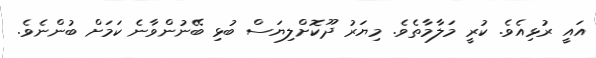
އައީ ރުޅިއެވެ. ކުރީ މަލާމާތެވެ. މިޔަރު ދޫކޮށްލިޔަސް ބުޅި ބޭނުންވާނެ ކަމަށް ބުންނެވެ.